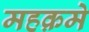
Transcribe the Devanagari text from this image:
महक़मे